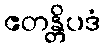
ဧတန္တိပဒံ